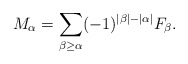
\begin{align*}M_\alpha = \sum_{\beta\ge\alpha} (-1)^{|\beta|-|\alpha|} F_\beta.\end{align*}